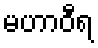
မဟာဝီရ